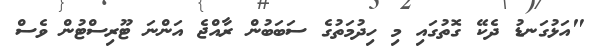
"އަޅުގަނޑު ދެކޭ ގޮތުގައި މި ހިދުމަތުގެ ސަބަބުން ރާއްޖެ އަންނަ ޓޫރިސްޓުން ވެސް